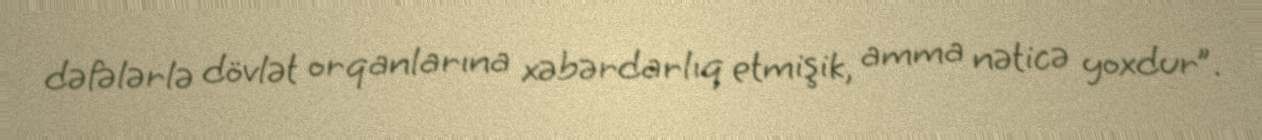
dəfələrlə dövlət orqanlarına xəbərdarlıq etmişik, amma nəticə yoxdur”.